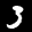
Label: 3